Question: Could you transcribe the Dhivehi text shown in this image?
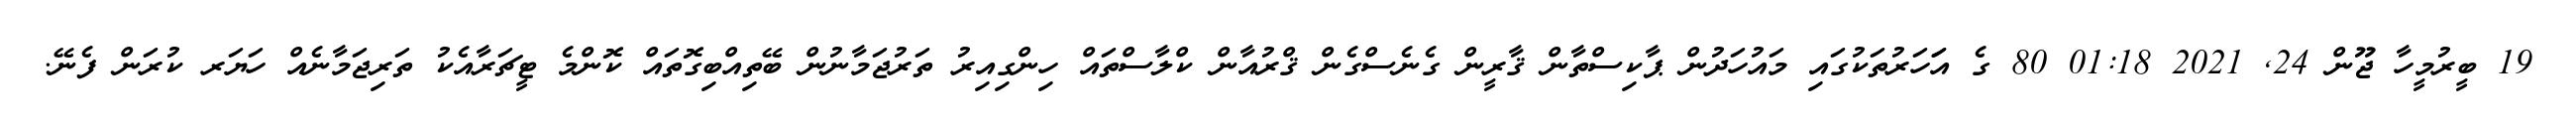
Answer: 19 ބީރުމީހާ ޖޫން 24, 2021 01:18 80 ގެ އަަހަރުތަކުގައި މައުހަދުން ޕާކިސްތާން ޤާރީން ގެނެސްގެން ޤްރުއާން ކްލާސްތައް ހިންގިއިރު ތަރުޖަމާނުން ބޭތިއްބިގޮތައް ކޮންމެ ޓީޗަރާއެކު ތަރިޖަމާނެއް ހަޔަރ ކުރަން ފެނޭ.